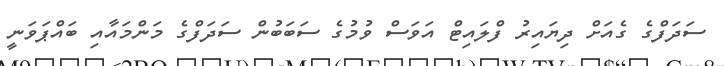
ސަދަފްގެ ގެއަށް ދިޔައިރު ފްލައިޓް އަވަސް ވުމުގެ ސަބަބުން ސަދަފްގެ މަންމައާއި ބައްޕަވަނީ